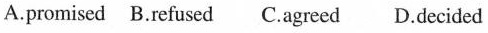
A.promised B.refused C.agreed D.decided